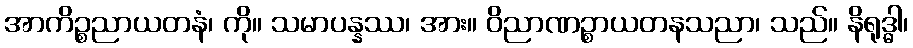
အာကိဉ္စညာယတနံ၊ ကို။ သမာပန္နဿ၊ အား။ ဝိညာဏဉ္စာယတနသညာ၊ သည်။ နိရုဒ္ဓါ၊